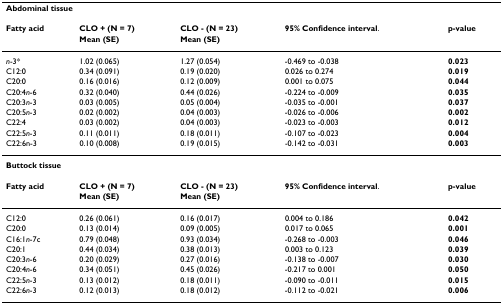
<table><thead><tr><td colspan="5"><b>Abdominal tissue</b></td></tr><tr><td><b>Fatty acid</b></td><td><b>CLO + (N = 7)</b></td><td><b>CLO - (N = 23)</b></td><td><b>95% Confidence interval.</b></td><td><b>p-value</b></td></tr><tr><td></td><td><b>Mean (SE)</b></td><td><b>Mean (SE)</b></td><td></td><td></td></tr></thead><tbody><tr><td><i>n</i>-3*</td><td>1.02 (0.065)</td><td>1.27 (0.054)</td><td>-0.469 to -0.038</td><td><b>0.023</b></td></tr><tr><td>C12:0</td><td>0.34 (0.091)</td><td>0.19 (0.020)</td><td>0.026 to 0.274</td><td><b>0.019</b></td></tr><tr><td>C20:0</td><td>0.16 (0.016)</td><td>0.12 (0.009)</td><td>0.001 to 0.075</td><td><b>0.044</b></td></tr><tr><td>C20:4<i>n</i>-6</td><td>0.32 (0.040)</td><td>0.44 (0.026)</td><td>-0.224 to -0.009</td><td><b>0.035</b></td></tr><tr><td>C20:3<i>n</i>-3</td><td>0.03 (0.005)</td><td>0.05 (0.004)</td><td>-0.035 to -0.001</td><td><b>0.037</b></td></tr><tr><td>C20:5<i>n</i>-3</td><td>0.02 (0.002)</td><td>0.04 (0.003)</td><td>-0.026 to -0.006</td><td><b>0.002</b></td></tr><tr><td>C22:4</td><td>0.03 (0.002)</td><td>0.04 (0.003)</td><td>-0.023 to -0.003</td><td><b>0.012</b></td></tr><tr><td>C22:5<i>n</i>-3</td><td>0.11 (0.011)</td><td>0.18 (0.011)</td><td>-0.107 to -0.023</td><td><b>0.004</b></td></tr><tr><td>C22:6n-3</td><td>0.10 (0.008)</td><td>0.19 (0.015)</td><td>-0.142 to -0.031</td><td><b>0.003</b></td></tr><tr><td colspan="5"><b>Buttock tissue</b></td></tr><tr><td><b>Fatty acid</b></td><td><b>CLO + (N = 7)</b></td><td><b>CLO - (N = 23)</b></td><td><b>95% Confidence interval</b>.</td><td><b>p-value</b></td></tr><tr><td></td><td><b>Mean (SE)</b></td><td><b>Mean (SE)</b></td><td></td><td></td></tr><tr><td>C12:0</td><td>0.26 (0.061)</td><td>0.16 (0.017)</td><td>0.004 to 0.186</td><td><b>0.042</b></td></tr><tr><td>C20:0</td><td>0.13 (0.014)</td><td>0.09 (0.005)</td><td>0.017 to 0.065</td><td><b>0.001</b></td></tr><tr><td>C16:1<i>n</i>-7c</td><td>0.79 (0.048)</td><td>0.93 (0.034)</td><td>-0.268 to -0.003</td><td><b>0.046</b></td></tr><tr><td>C20:1</td><td>0.44 (0.034)</td><td>0.38 (0.013)</td><td>0.003 to 0.123</td><td><b>0.039</b></td></tr><tr><td>C20:3<i>n</i>-6</td><td>0.20 (0.029)</td><td>0.27 (0.016)</td><td>-0.138 to -0.007</td><td><b>0.030</b></td></tr><tr><td>C20:4<i>n</i>-6</td><td>0.34 (0.051)</td><td>0.45 (0.026)</td><td>-0.217 to 0.001</td><td><b>0.050</b></td></tr><tr><td>C22:5<i>n</i>-3</td><td>0.13 (0.012)</td><td>0.18 (0.011)</td><td>-0.090 to -0.011</td><td><b>0.015</b></td></tr><tr><td>C22:6<i>n</i>-3</td><td>0.12 (0.013)</td><td>0.18 (0.012)</td><td>-0.112 to -0.021</td><td><b>0.006</b></td></tr></tbody></table>